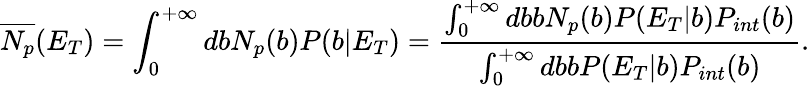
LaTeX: \overline{{{N_{p}}}}(E_{T})=\int_{0}^{+\infty}dbN_{p}(b)P(b|E_{T})=\frac{\int_{0}^{+\infty}dbbN_{p}(b)P(E_{T}|b)P_{int}(b)}{\int_{0}^{+\infty}dbbP(E_{T}|b)P_{int}(b)}.